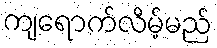
ကျရောက်လိမ့်မည်